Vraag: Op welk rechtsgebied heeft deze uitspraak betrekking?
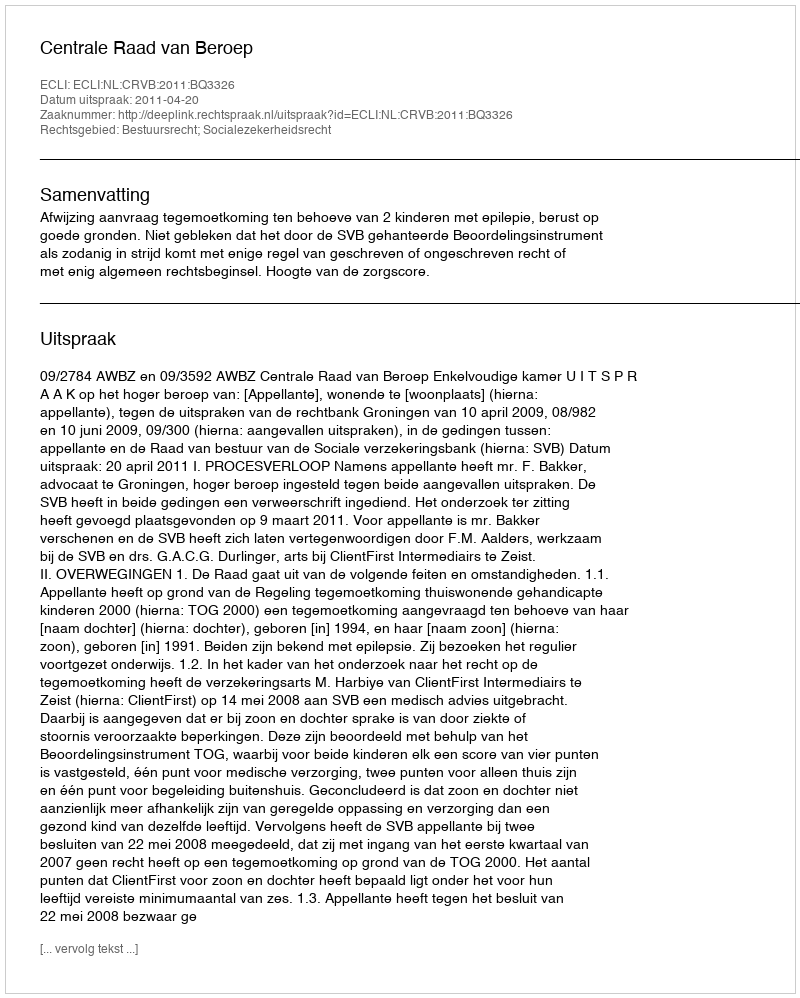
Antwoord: Bestuursrecht; Socialezekerheidsrecht